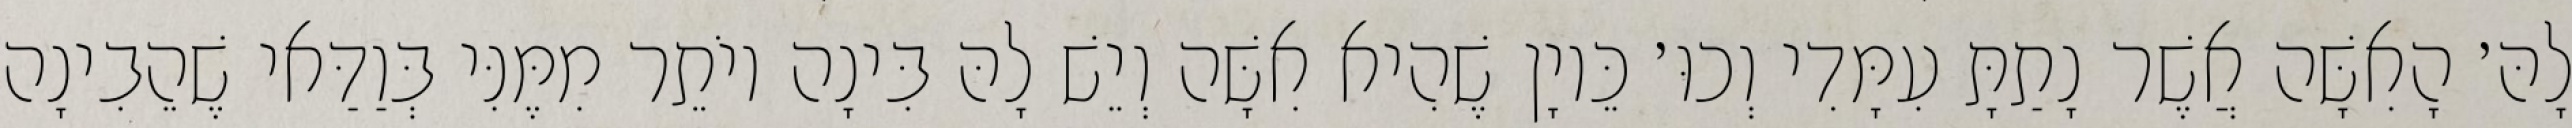
לָהּ׳ הָאִשָּׁה אֲשֶׁר נָתַתָּ עִמָּדִי וְכוּ׳ כֵּיוָן שֶׁהִיא אִשָּׁה וְיֵשׁ לָהּ בִּינָה יוֹתֵר מִמֶּנִּי בְּוַדַּאי שֶׁהֵבִינָה